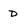
Character: D